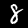
Label: 8